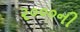
૨૦૦૦ની